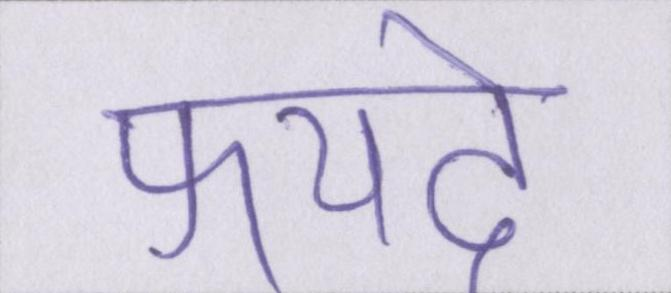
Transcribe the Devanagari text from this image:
फयदे